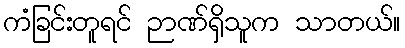
ကံခြင်းတူရင် ဉာဏ်ရှိသူက သာတယ်။